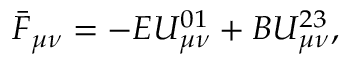
\bar { F } _ { \mu \nu } = - E U _ { \mu \nu } ^ { 0 1 } + B U _ { \mu \nu } ^ { 2 3 } ,